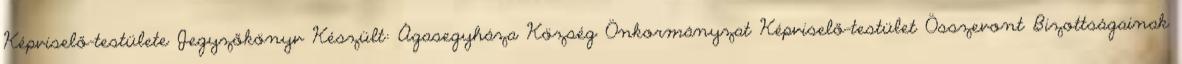
Képviselő-testülete Jegyzőkönyv Készült: Ágasegyháza Község Önkormányzat Képviselő-testület Összevont Bizottságainak